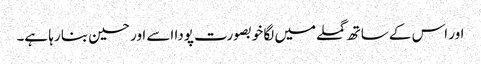
اور اس کے ساتھ گملے میں لگا خوبصورت پودا اسے اور حسین بنا رہا ہے۔